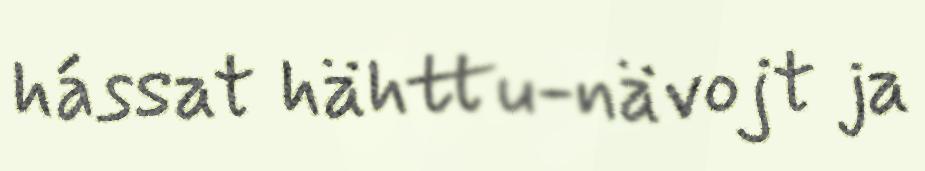
hássat hähttu-nävojt ja